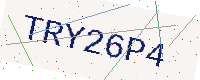
Text: TRY26P4